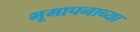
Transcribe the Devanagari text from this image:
भूमापनाच्या